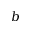
b